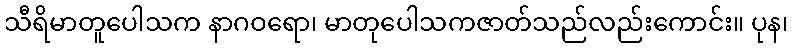
သီရိမာတူပေါသက နာဂဝရော၊ မာတုပေါသကဇာတ်သည်လည်းကောင်း။ ပုန၊